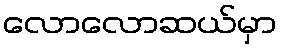
လောလောဆယ်မှာ